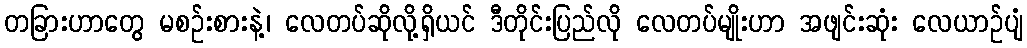
တခြားဟာတွေ မစဉ်းစားနဲ့၊ လေတပ်ဆိုလို့ရှိယင် ဒီတိုင်းပြည်လို လေတပ်မျိုးဟာ အဖျင်းဆုံး လေယာဉ်ပျံ